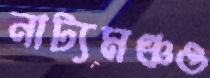
নাট্যমঞ্চও